Report of the Imperial Institute of Veterinary Research, Muktesar
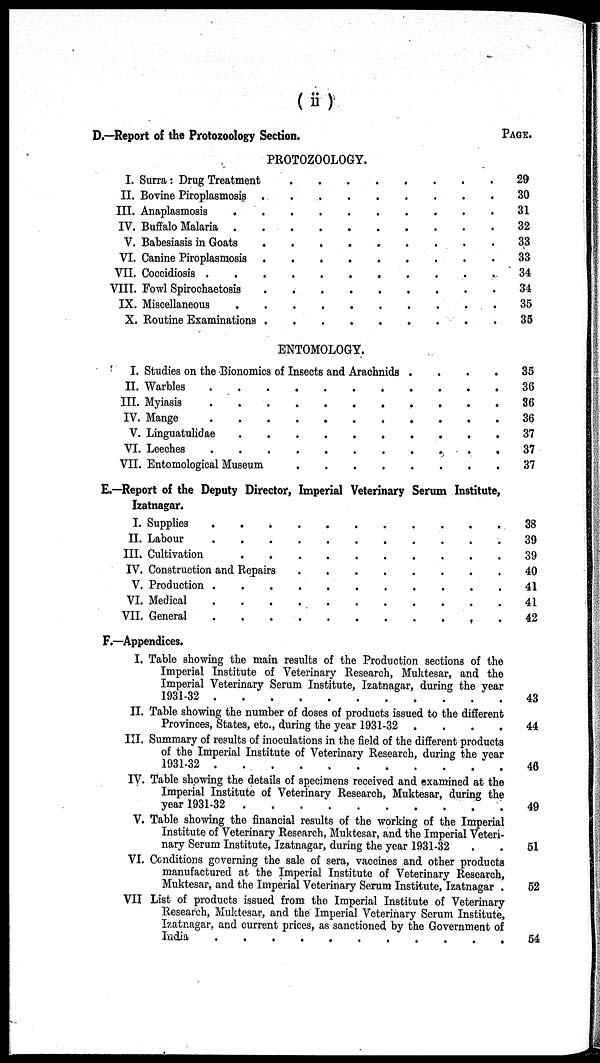
(ii)
D.—Report of the Protozoology Section.
PAGE..
PROTOZOOLOGY.
I. Surra : Drug Treatment
II. Bovine Piroplasmosis
III. Anaplasmosis
.
IV. Buffalo Malaria .
V. Babesiasis in Goats
VI. Canine Piroplasmosis
VII. Coccidiosis .
VIII. Fowl Spirochaetosis
IX. Miscellaneous
X. Routine Examinations
.
.
.
.
.
.
.
.
.
.
.
.
.
.
.
.
.
.
.
.
.
.
.
.
.
.
.
.
.
.
.
.
.
.
.
.
.
.
.
.
.
.
.
.
.
.
.
.
.
.
.
.
.
.
.
.
.
.
.
.
.
.
.
.
.
.
.
.
.
.
.
.
.
.
.
.
.
.
.
.
.
.
.
.
.
.
.
.
.
.
29
30
31
32
33
33
34
34
35
35
ENTOMOLOGY.
I. Studies on the Bionomics of Insects and Arachnids
II. Warbles
III. Myiasis
IV. Mange
.
.
.
V. Linguatulidae
VI. Leeches
.
.
.
.
.
.
.
.
.
.
.
VII. Entomological Museum
.
.
.
.
.
.
.
.
.
.
.
.
.
.
.
.
.
.
.
.
.
.
.
.
.
.
.
.
.
.
.
.
.
.
.
.
.
.
.
.
.
.
.
.
.
.
.
.
.
.
.
.
35
36
36
36
37
37
37
E.—Report of the Deputy Director, Imperial Veterinary Serum Institute,
Izatnagar.
I. Supplies
II. Labour
III. Cultivation
.
..
.
.
.
.
.
.
.
IV. Construction and Repairs
V. Production
VI. Medical
VII. General
.
.
.
.
.
.
.
.
.
.
.
.
.
.
.
.
.
.
.
.
.
.
.
.
.
.
.
.
.
.
.
.
.
.
.
.
.
.
.
.
.
.
.
.
.
.
.
.
.
.
.
.
.
.
.
.
.
.
.
.
.
.
.
.
.
38
39
39
40
41
41
42
F.—Appendices.
I. Table showing the main results of the Production sections of the
Imperial Institute of Veterinary Research, Muktesar, and the
Imperial Veterinary Serum Institute, Izatnagar, during the year
1931-32
43
II. Table showing the number of doses of products issued to the different
Provinces, States, etc., during the year 1931-32 ....
44
III. Summary of results of inoculations in the field of the different products
of the Imperial Institute of Veterinary Research, during the year
1931-32
46
IV. Table showing the details of specimens received and examined at the
Imperial Institute of Veterinary Research, Muktesar, during the
year 1931-32 .
49
V. Table showing the financial results of the working of the Imperial
Institute of Veterinary Research, Muktesar, and the Imperial Veteri-
nary Serum Institute, Izatnagar, during the year 1931-32
.
.
51
VI. Conditions governing the sale of sera, vaccines and other products
manufactured at the Imperial Institute of Veterinary Research,
Muktesar, and the Imperial Veterinary Serum Institute, Izatnagar .
52
VII List of products issued from the Imperial Institute of Veterinary
Research, Muktesar, and the Imperial Veterinary Serum Institute,
Izatnagar, and current prices, as sanctioned by the Government of
India
54